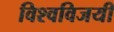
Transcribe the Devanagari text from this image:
विश्वविजयी